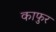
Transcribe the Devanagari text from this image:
काफुर